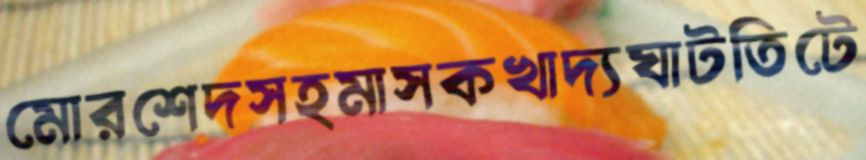
মোরশেদসহমাসকখাদ্যঘাটতিটে